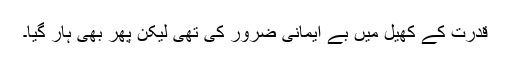
قدرت کے کھیل میں بے ایمانی ضرور کی تھی لیکن پھر بھی ہار گیا۔